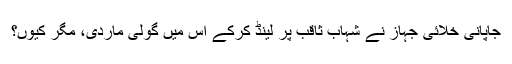
جاپانی خلائی جہاز نے شہاب ثاقب پر لینڈ کرکے اس میں گولی ماردی، مگر کیوں؟